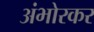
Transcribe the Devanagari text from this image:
अंभोरकर